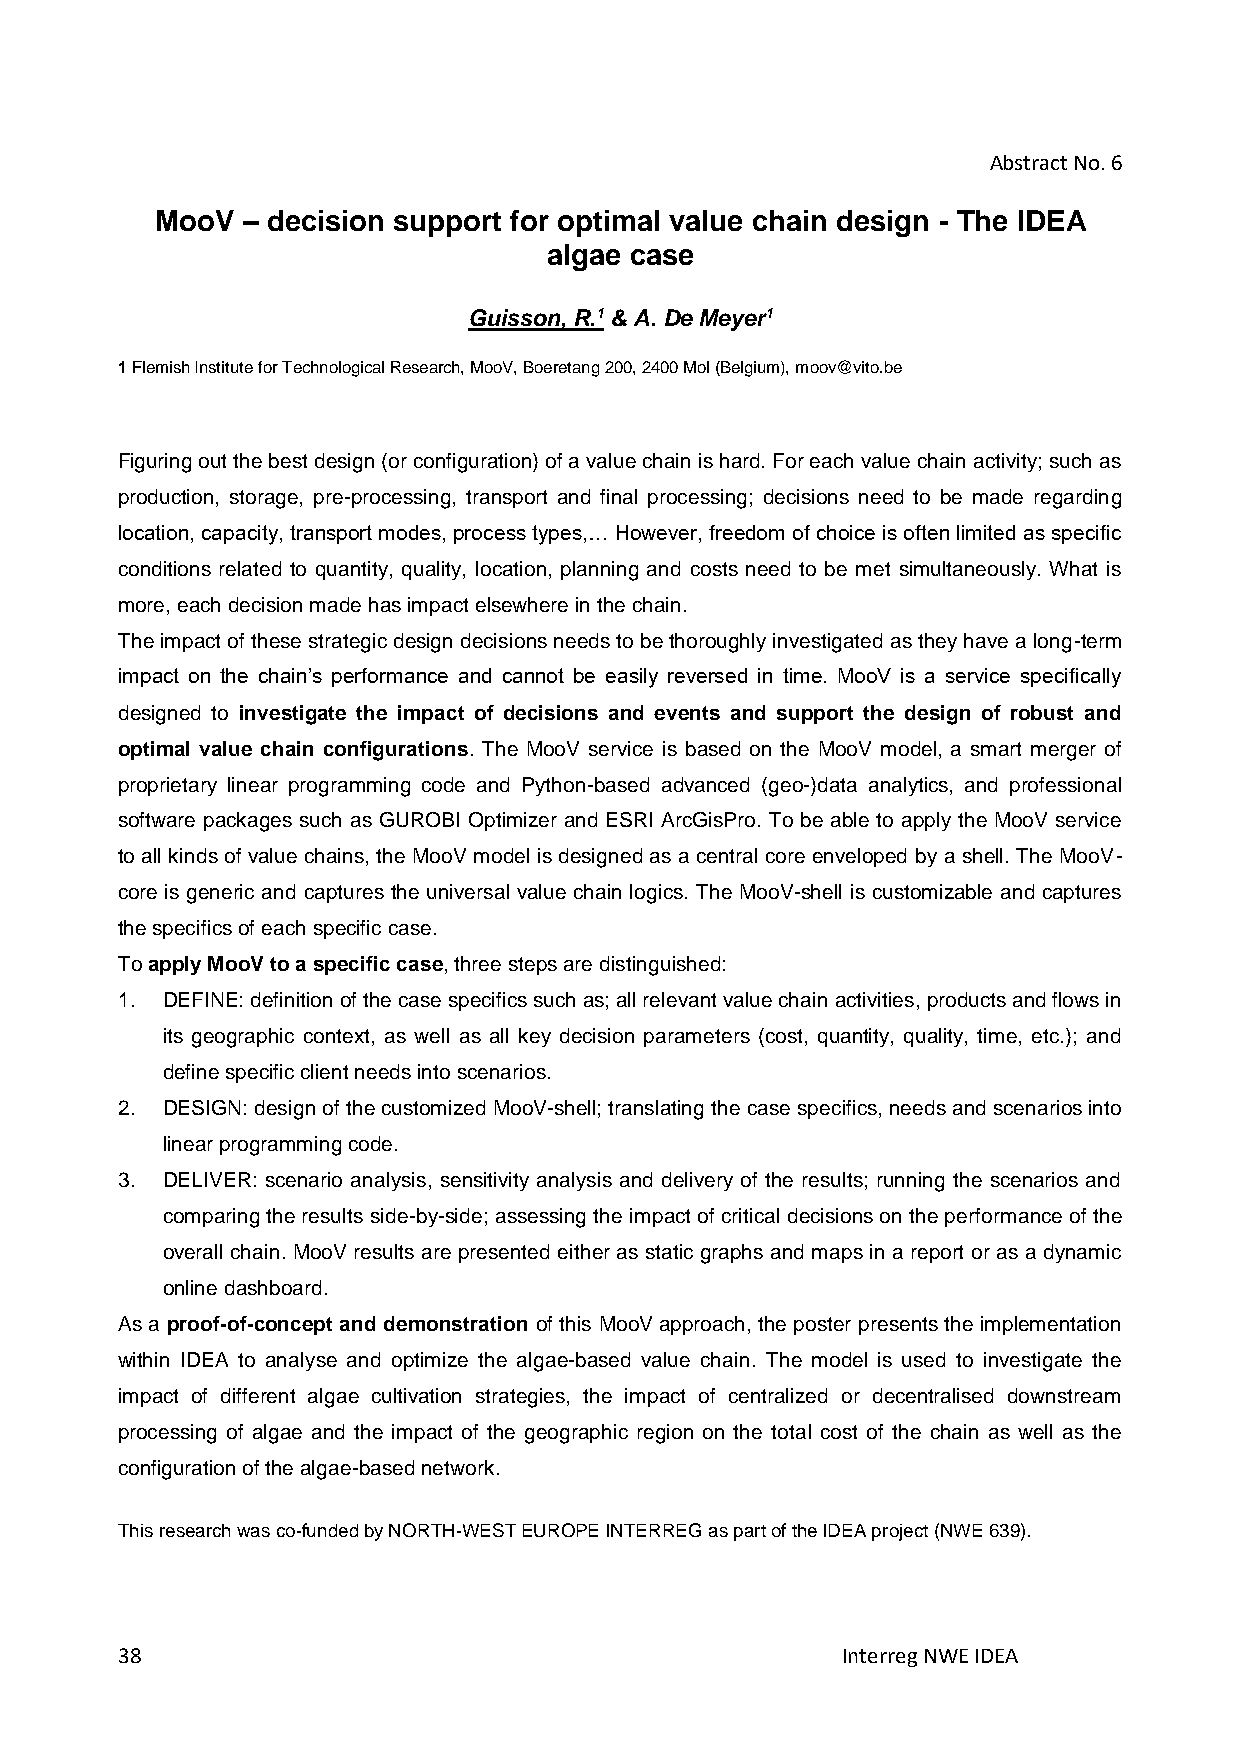
Abstract No. 6
 MooV  – decision support for optimal value chain design - The IDEA
 algae case
 Guisson, R.1 & A. De Meyer1
 1 Flemish Institute for Technological Research, MooV, Boeretang 200, 2400 Mol (Belgium), moov@vito.be
 Figuring out the best design (or configuration) of a value chain is hard. For each value chain activity; such as
 production, storage, pre-processing, transport and final processing; decisions need to be made regarding
 location, capacity, transport modes, process types,… However, freedom of choice is often limited as specific
 conditions related to quantity, quality, location, planning and costs need to be met simultaneously. What is
 more, each decision made has impact elsewhere in the chain.
 The impact of these strategic design decisions needs to be thoroughly investigated as they have a long-term
 impact on the chain’s performance and cannot be easily reversed in time. MooV is a service specifically
 designed to investigate the impact of decisions and events and support the design of robust and
 optimal value chain configurations. The MooV service is based on the MooV model, a smart merger of
 proprietary linear programming code and Python-based advanced (geo-)data analytics, and professional
 software packages such as GUROBI Optimizer and ESRI ArcGisPro. To be able to apply the MooV service
 to all kinds of value chains, the MooV model is designed as a central core enveloped by a shell. The MooV-
 core is generic and captures the universal value chain logics. The MooV-shell is customizable and captures
 the specifics of each specific case.
 To apply MooV to a specific case, three steps are distinguished:
 1. DEFINE: definition of the case specifics such as; all relevant value chain activities, products and flows in
 its geographic context, as well as all key decision parameters (cost, quantity, quality, time, etc.); and
 define specific client needs into scenarios.
 2. DESIGN: design of the customized MooV-shell; translating the case specifics, needs and scenarios into
 linear programming code.
 3. DELIVER: scenario analysis, sensitivity analysis and delivery of the results; running the scenarios and
 comparing the results side-by-side; assessing the impact of critical decisions on the performance of the
 overall chain. MooV results are presented either as static graphs and maps in a report or as a dynamic
 online dashboard.
 As a proof-of-concept and demonstration of this MooV approach, the poster presents the implementation
 within IDEA to analyse and optimize the algae-based value chain. The model is used to investigate the
 impact of different algae cultivation strategies, the impact of centralized or decentralised downstream
 processing of algae and the impact of the geographic region on the total cost of the chain as well as the
 configuration of the algae-based network.
 This research was co-funded by NORTH-WEST EUROPE INTERREG as part of the IDEA project (NWE 639).
 38                                              Interreg NWE IDEA